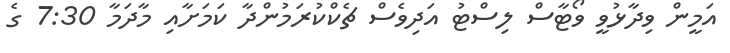
އަމީން ވިދާޅުވީ ވޯޓާސް ލިސްޓު އަދިވެސް ޗެކްކުރަމުންދާ ކަމަށާއި މާދަމާ 7:30 ގެ